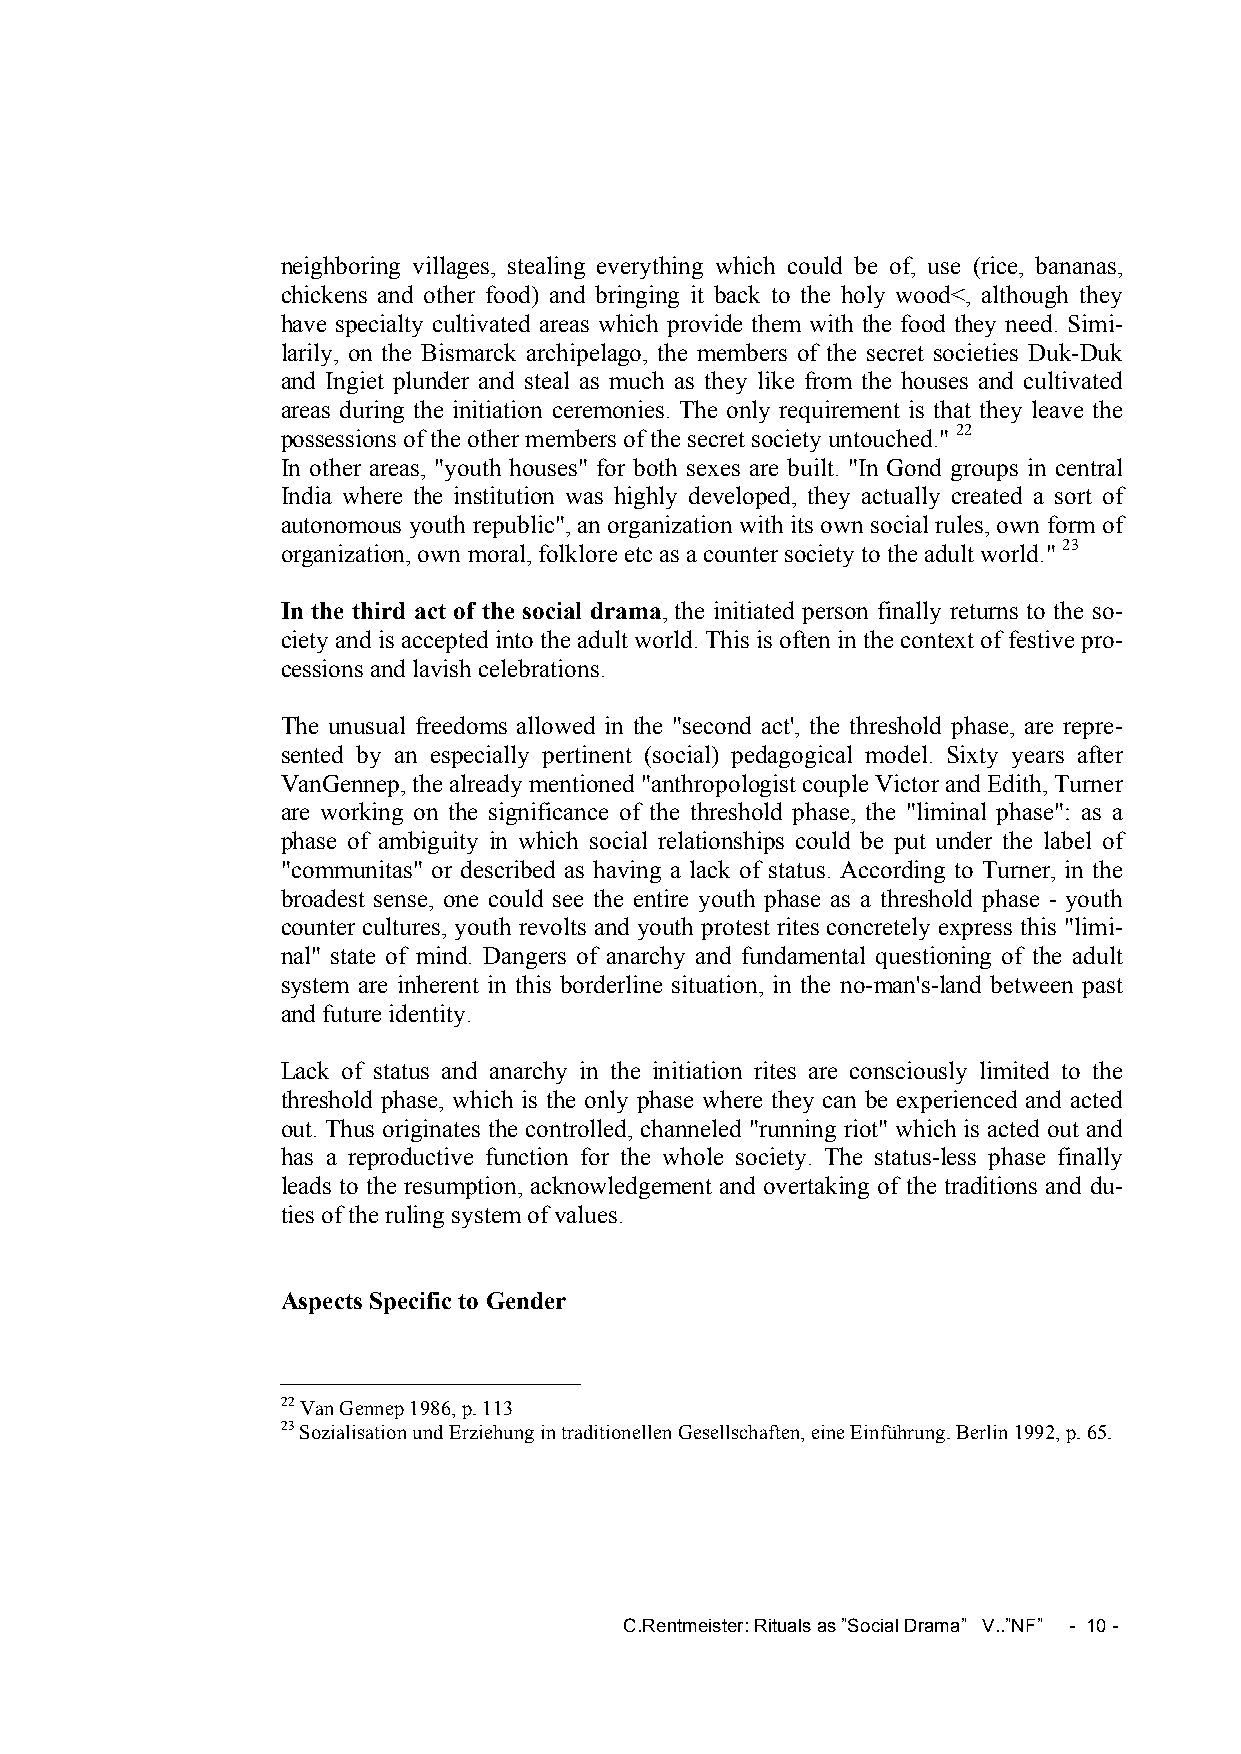
neighboring villages, stealing everything which could be of, use (rice, bananas,
 chickens and other food) and bringing it back to the holy wood<, although they
 have specialty cultivated areas which provide them with the food they need. Simi-
 larily, on the Bismarck archipelago, the members of the secret societies Duk-Duk
 and Ingiet plunder and steal as much as they like from the houses and cultivated
 areas during the initiation ceremonies. The only requirement is that they leave the
 possessions of the other members of the secret society untouched." 22
 In other areas, "youth houses" for both sexes are built. "In Gond groups in central
 India where the institution was highly developed, they actually created a sort of
 autonomous youth republic", an organization with its own social rules, own form of
 organization, own moral, folklore etc as a counter society to the adult world." 23
 In the third act of the social drama, the initiated person finally returns to the so-
 ciety and is accepted into the adult world. This is often in the context of festive pro-
 cessions and lavish celebrations.
 The unusual freedoms allowed in the "second act', the threshold phase, are repre-
 sented by an especially pertinent (social) pedagogical model. Sixty years after
 VanGennep, the already mentioned "anthropologist couple Victor and Edith, Turner
 are working on the significance of the threshold phase, the "liminal phase": as a
 phase of ambiguity in which social relationships could be put under the label of
 "communitas" or described as having a lack of status. According to Turner, in the
 broadest sense, one could see the entire youth phase as a threshold phase - youth
 counter cultures, youth revolts and youth protest rites concretely express this "limi-
 nal" state of mind. Dangers of anarchy and fundamental questioning of the adult
 system are inherent in this borderline situation, in the no-man's-land between past
 and future identity.
 Lack of status and anarchy in the initiation rites are consciously limited to the
 threshold phase, which is the only phase where they can be experienced and acted
 out. Thus originates the controlled, channeled "running riot" which is acted out and
 has a reproductive function for the whole society. The status-less phase finally
 leads to the resumption, acknowledgement and overtaking of the traditions and du-
 ties of the ruling system of values.
 Aspects Specific to Gender
 22 Van Gennep 1986, p. 113
 23 Sozialisation und Erziehung in traditionellen Gesellschaften, eine Einführung. Berlin 1992, p. 65.
 C.Rentmeister: Rituals as ”Social Drama” V..”NF” - 10 -